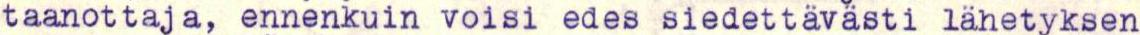
taanottaja, ennenkuin voisi edes siedettävästi lähetyksen